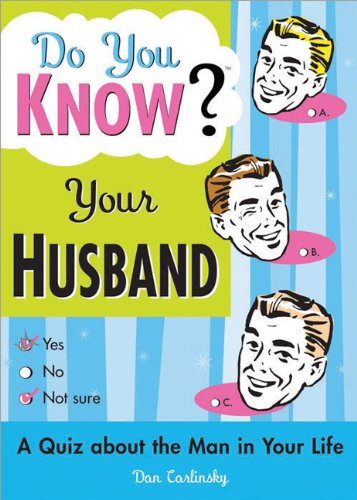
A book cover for Do You Know Your Husband?: A Quiz about the Man in Your Life; Dan Carlinsky; Humor & Entertainment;